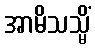
အာမိသသ္မိံ